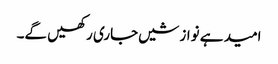
امید ہے نوازشیں جاری رکھیں گے۔